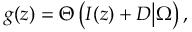
g ( z ) = \Theta \left( I ( z ) + { \cal D } \big | \Omega \right) ,